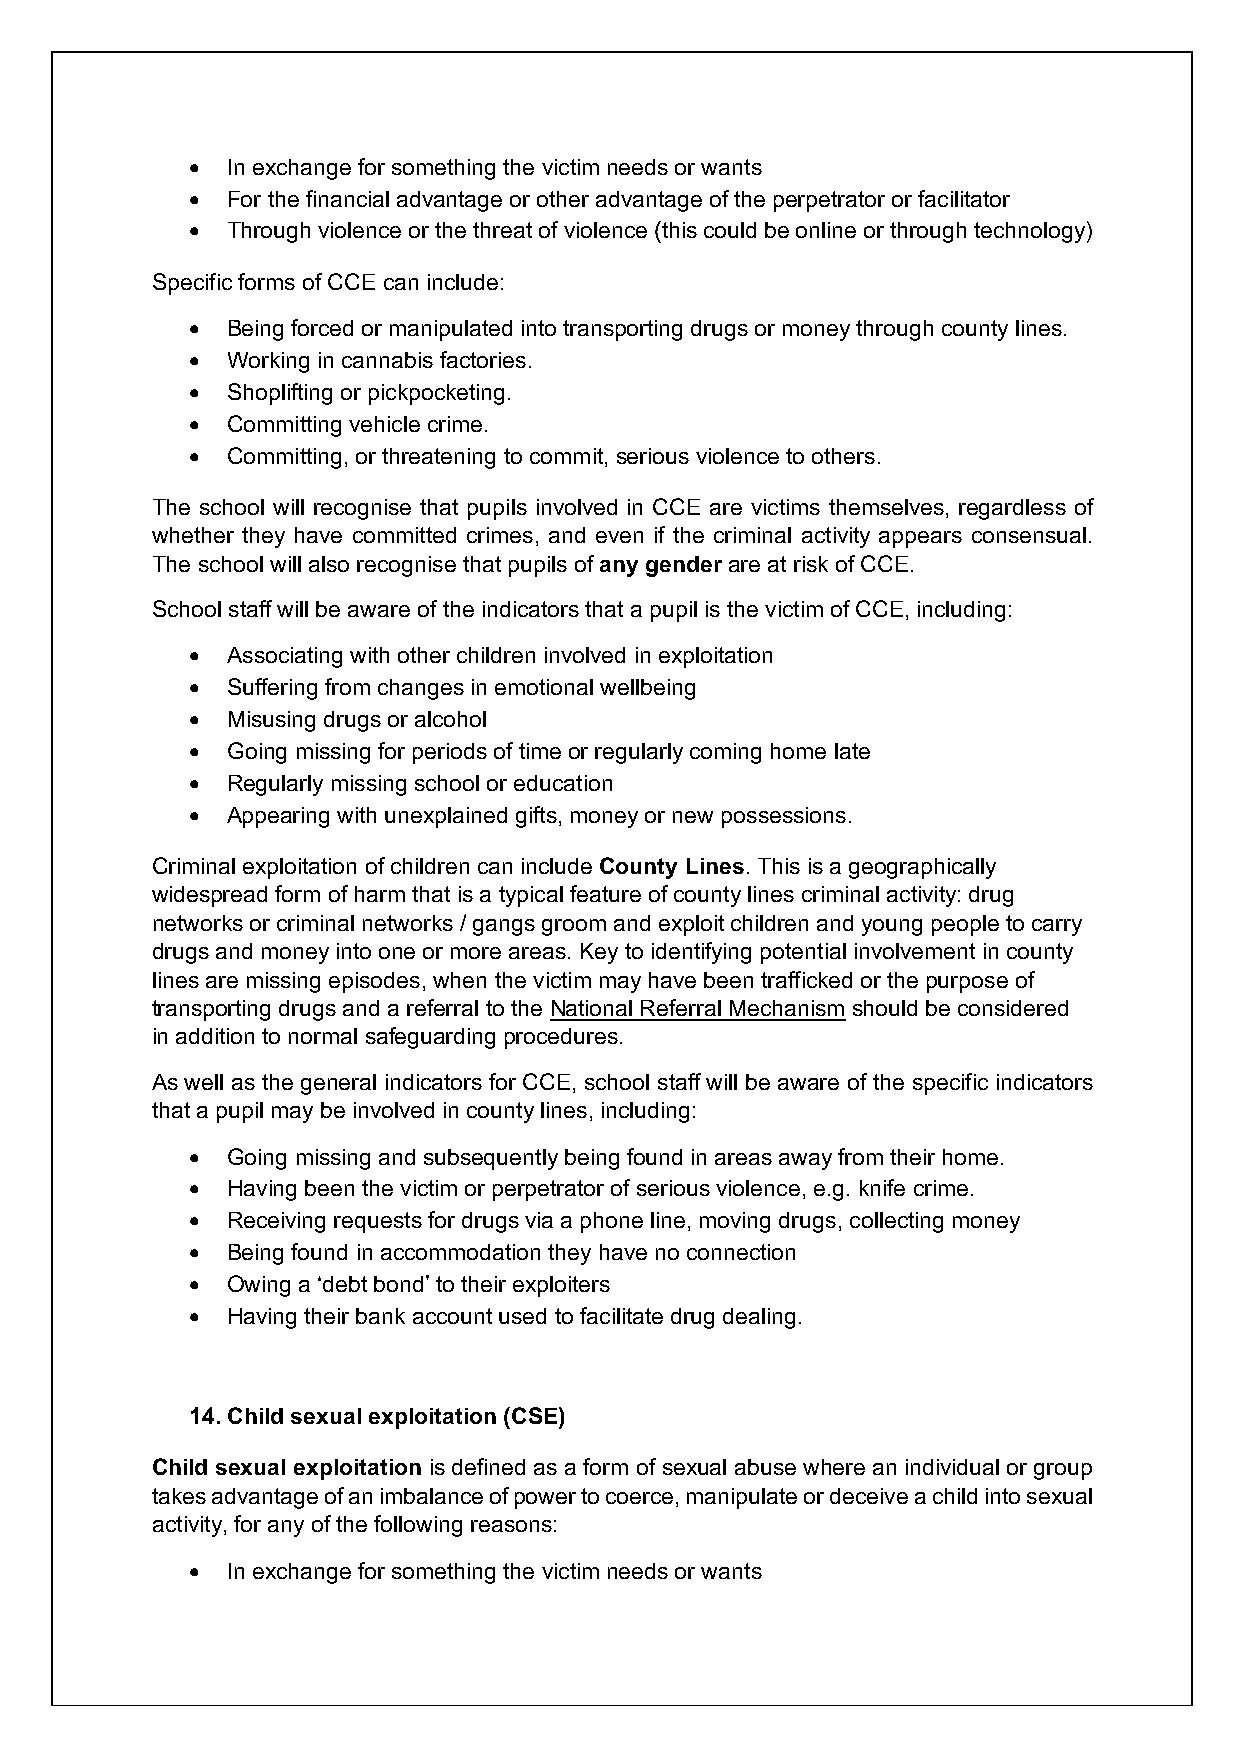
• In exchange for something the victim needs or wants
 • For the financial advantage or other advantage of the perpetrator or facilitator
 • Through violence or the threat of violence (this could be online or through technology)
 Specific forms of CCE can include:
 • Being forced or manipulated into transporting drugs or money through county lines.
 • Working in cannabis factories.
 • Shoplifting or pickpocketing.
 • Committing vehicle crime.
 • Committing, or threatening to commit, serious violence to others.
 The school will recognise that pupils involved in CCE are victims themselves, regardless of
 whether they have committed crimes, and even if the criminal activity appears consensual.
 The school will also recognise that pupils of any gender are at risk of CCE.
 School staff will be aware of the indicators that a pupil is the victim of CCE, including:
 • Associating with other children involved in exploitation
 • Suffering from changes in emotional wellbeing
 • Misusing drugs or alcohol
 • Going missing for periods of time or regularly coming home late
 • Regularly missing school or education
 • Appearing with unexplained gifts, money or new possessions.
 Criminal exploitation of children can include County Lines. This is a geographically
 widespread form of harm that is a typical feature of county lines criminal activity: drug
 networks or criminal networks / gangs groom and exploit children and young people to carry
 drugs and money into one or more areas. Key to identifying potential involvement in county
 lines are missing episodes, when the victim may have been trafficked or the purpose of
 transporting drugs and a referral to the National Referral Mechanism should be considered
 in addition to normal safeguarding procedures.
 As well as the general indicators for CCE, school staff will be aware of the specific indicators
 that a pupil may be involved in county lines, including:
 • Going missing and subsequently being found in areas away from their home.
 • Having been the victim or perpetrator of serious violence, e.g. knife crime.
 • Receiving requests for drugs via a phone line, moving drugs, collecting money
 • Being found in accommodation they have no connection
 • Owing a ‘debt bond’ to their exploiters
 • Having their bank account used to facilitate drug dealing.
 14. Child sexual exploitation (CSE)
 Child sexual exploitation is defined as a form of sexual abuse where an individual or group
 takes advantage of an imbalance of power to coerce, manipulate or deceive a child into sexual
 activity, for any of the following reasons:
 • In exchange for something the victim needs or wants